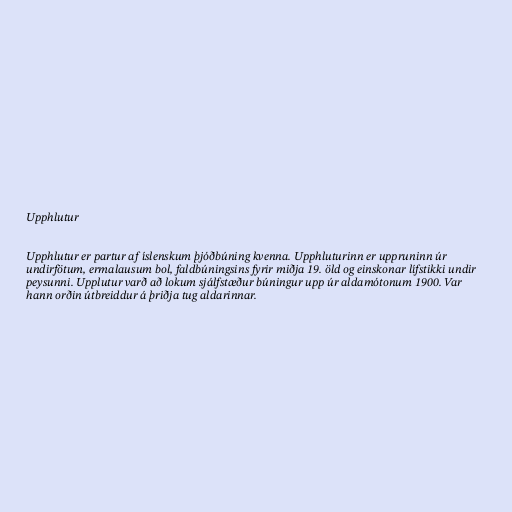
Upphlutur

Upphlutur er partur af íslenskum þjóðbúning kvenna. Upphluturinn er uppruninn úr
undirfötum, ermalausum bol, faldbúningsins fyrir miðja 19. öld og einskonar lífstikki undir
peysunni. Upplutur varð að lokum sjálfstæður búningur upp úr aldamótonum 1900. Var
hann orðin útbreiddur á þriðja tug aldarinnar.